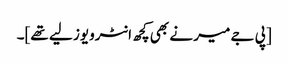
[پی جے میر نے بھی کچھ انٹرویوز لیے تھے]۔